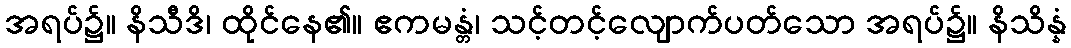
အရပ်၌။ နိသီဒိ၊ ထိုင်နေ၏။ ဧကမန္တံ၊ သင့်တင့်လျောက်ပတ်သော အရပ်၌။ နိသိန္နံ